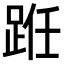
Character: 𫏊